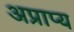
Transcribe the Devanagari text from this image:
अप्राप्‍य